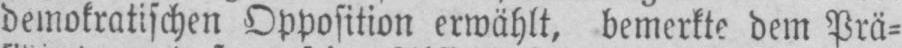
demokratischen Opposition erwählt, bemerkte dem Prä⸗